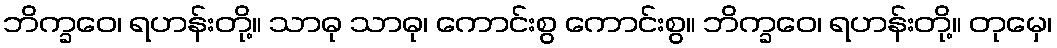
ဘိက္ခဝေ၊ ရဟန်းတို့။ သာဓု သာဓု၊ ကောင်းစွ ကောင်းစွ။ ဘိက္ခဝေ၊ ရဟန်းတို့။ တုမှေ၊